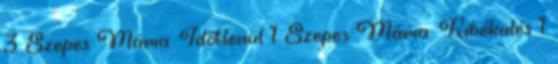
3 Szepes Mária: Időtlenül 1 Szepes Mária: Kibékülés 1